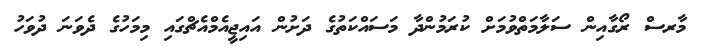
މާރސް ރޯގާއިން ސަލާމަތްވުމަށް ކުރަމުންދާ މަސައްކަތުގެ ދަށުން އައިޖީއެމްއެޗްގައި މިމަހުގެ ދެވަނަ ދުވަހު